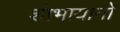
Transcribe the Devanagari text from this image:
शोभायानों